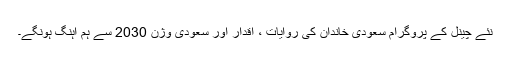
نئے چینل کے پروگرام سعودی خاندان کی روایات ، اقدار اور سعودی وژن 2030 سے ہم آہنگ ہونگے۔